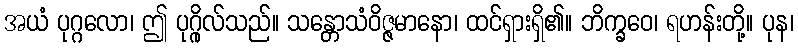
အယံ ပုဂ္ဂလော၊ ဤ ပုဂ္ဂိုလ်သည်။ သန္တောသံဝိဇ္ဇမာနော၊ ထင်ရှားရှိ၏။ ဘိက္ခဝေ၊ ရဟန်းတို့။ ပုန၊